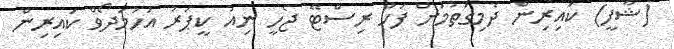
(ޝާފީ) ކައިރިން ދެމިގަތުމަށް ފަހު ރިސްޓޭ ޖެހީ ނިއު ކީޕަރު އަހުމަދޯވް ކައިރިން